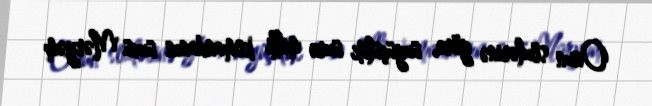
Onun sözlərinə görə, üzgüçülük üzrə milli komandanın üzvü Məryəm